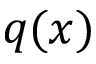
q ( x )